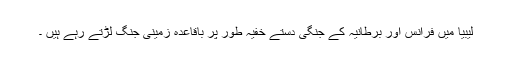
لیبیا میں فرانس اور برطانیہ کے جنگی دستے خفیہ طور پر باقاعدہ زمینی جنگ لڑتے رہے ہیں ۔